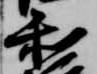
和